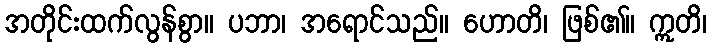
အတိုင်းထက်လွန်စွာ။ ပဘာ၊ အရောင်သည်။ ဟောတိ၊ ဖြစ်၏။ ဣတိ၊